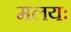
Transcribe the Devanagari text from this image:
मलयः